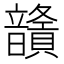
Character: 𩑅